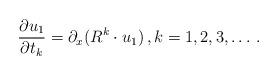
LaTeX: \begin{align*}\frac{\partial u_1}{\partial t_k}=\partial_x (R^k \cdot u_1)\, , k=1,2,3,\dots \, . \end{align*}